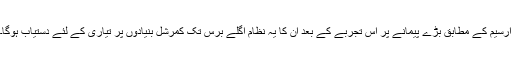
ارسیم کے مطابق بڑے پیمانے پر اس تجربے کے بعد ان کا یہ نظام اگلے برس تک کمرشل بنیادوں پر تیاری کے لئے دستیاب ہوگا۔